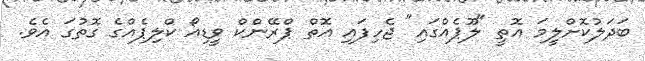
ބަދަލުކޮށްލީމަ އޮތީ "ލޫޕެއްގައި" ޖެހިފައި އޮތް ޕްރޭންކް ވީޑިއޯ ކްލިޕެއްގެ ގޮތުގަ އެވެ.